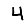
Digit: 4